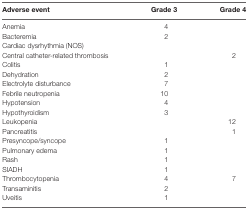
<table><thead><tr><td><b>Adverse event</b></td><td><b>Grade 3</b></td><td><b>Grade 4</b></td></tr></thead><tbody><tr><td>Anemia</td><td>4</td><td></td></tr><tr><td>Bacteremia</td><td>2</td><td></td></tr><tr><td>Cardiac dysrhythmia (NOS)</td><td></td><td></td></tr><tr><td>Central catheter-related thrombosis</td><td></td><td>2</td></tr><tr><td>Colitis</td><td>1</td><td></td></tr><tr><td>Dehydration</td><td>2</td><td></td></tr><tr><td>Electrolyte disturbance</td><td>7</td><td></td></tr><tr><td>Febrile neutropenia</td><td>10</td><td></td></tr><tr><td>Hypotension</td><td>4</td><td></td></tr><tr><td>Hypothyroidism</td><td>3</td><td></td></tr><tr><td>Leukopenia</td><td></td><td>12</td></tr><tr><td>Pancreatitis</td><td></td><td>1</td></tr><tr><td>Presyncope/syncope</td><td>1</td><td></td></tr><tr><td>Pulmonary edema</td><td>1</td><td></td></tr><tr><td>Rash</td><td>1</td><td></td></tr><tr><td>SIADH</td><td>1</td><td></td></tr><tr><td>Thrombocytopenia</td><td>4</td><td>7</td></tr><tr><td>Transaminitis</td><td>2</td><td></td></tr><tr><td>Uveitis</td><td>1</td><td></td></tr></tbody></table>